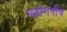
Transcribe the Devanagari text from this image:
महोगनीचं